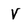
Character: V